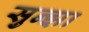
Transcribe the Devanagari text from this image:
सुन्झा